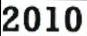
2010